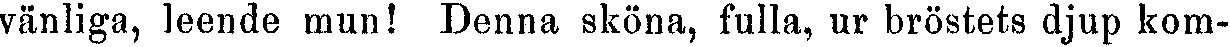
vänliga, leende mun! Denna sköna, fulla, ur bröstets djup kom-